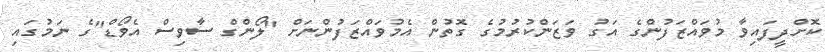
ކޮށްދީފައިވާ މުވައްޒަފުންގެ އަގު ވަޒަންކުރުމުގެ ގޮތުން އެމުވައްޒަފުންނަށް "ލޯންގް ސާވިސް އެވޯޑް"ގެ ނަމުގައި